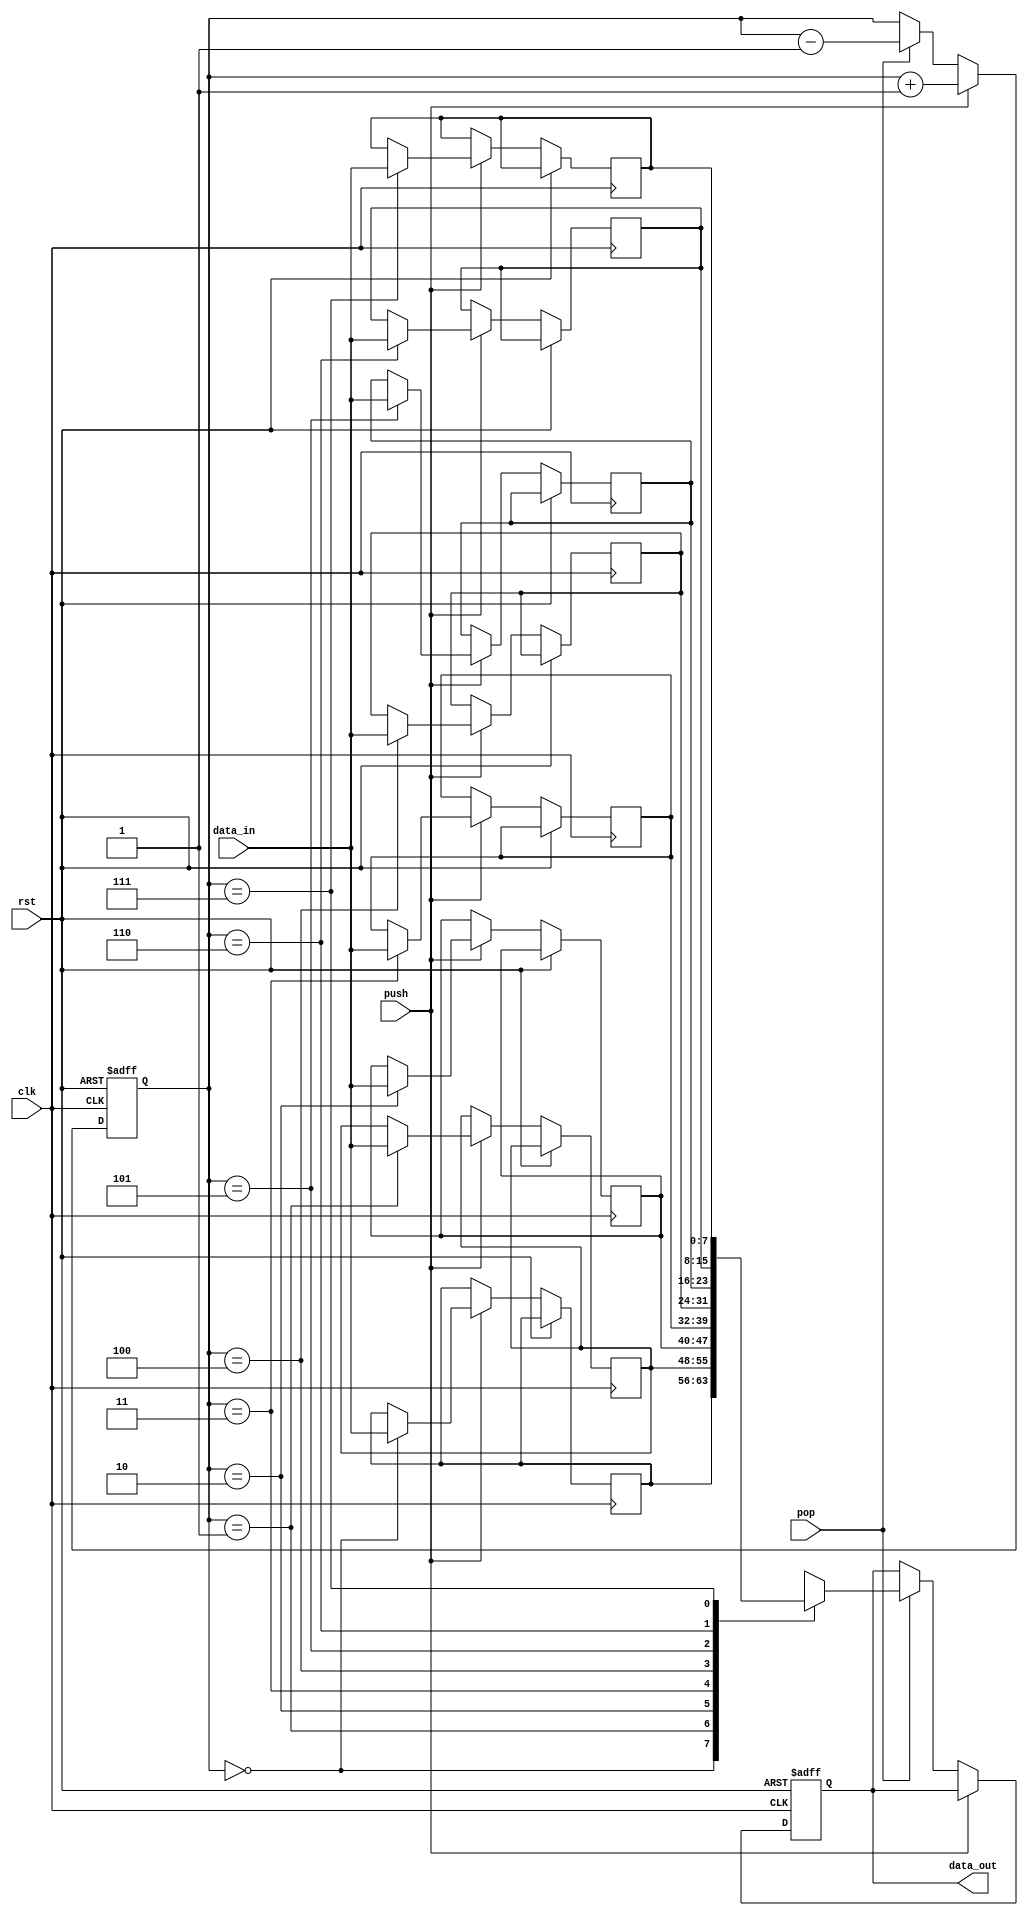
module lifo (
    input wire clk,            // Clock input
    input wire rst,            // Reset input
    input wire push,           // Push data input
    input wire pop,            // Pop data output
    input wire [7:0] data_in,  // Data input
    output reg [7:0] data_out  // Data output
);

reg [7:0] stack [0:7];  // Stack memory with depth of 8
reg [2:0] top;          // Top pointer for stack

always @ (posedge clk or posedge rst) begin
    if (rst) begin
        top <= 3'b000;  // Reset top pointer to 0
        data_out <= 8'b0; // Reset data output
    end else begin
        if (push) begin
            stack[top] <= data_in; // Push data into stack
            top <= top + 1;        // Increment top pointer
        end else if (pop) begin
            top <= top - 1;        // Decrement top pointer
            data_out <= stack[top]; // Pop data from stack
        end
    end
end

endmodule